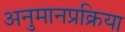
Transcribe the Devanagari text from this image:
अनुमानप्रक्रिया